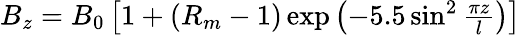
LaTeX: \begin{array}{r}{B_{z}=B_{0}\left[1+\left(R_{m}-1\right)\exp\left(-5.5\sin^{2}\frac{\pi z}{l}\right)\right]}\end{array}